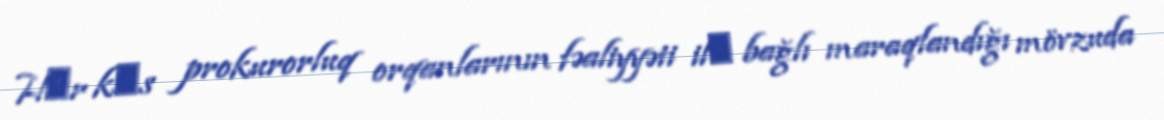
Hәr kәs prokurorluq orqanlarının fəaliyyəti ilә bağlı maraqlandığı mövzuda